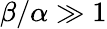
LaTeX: \beta/\alpha\gg 1